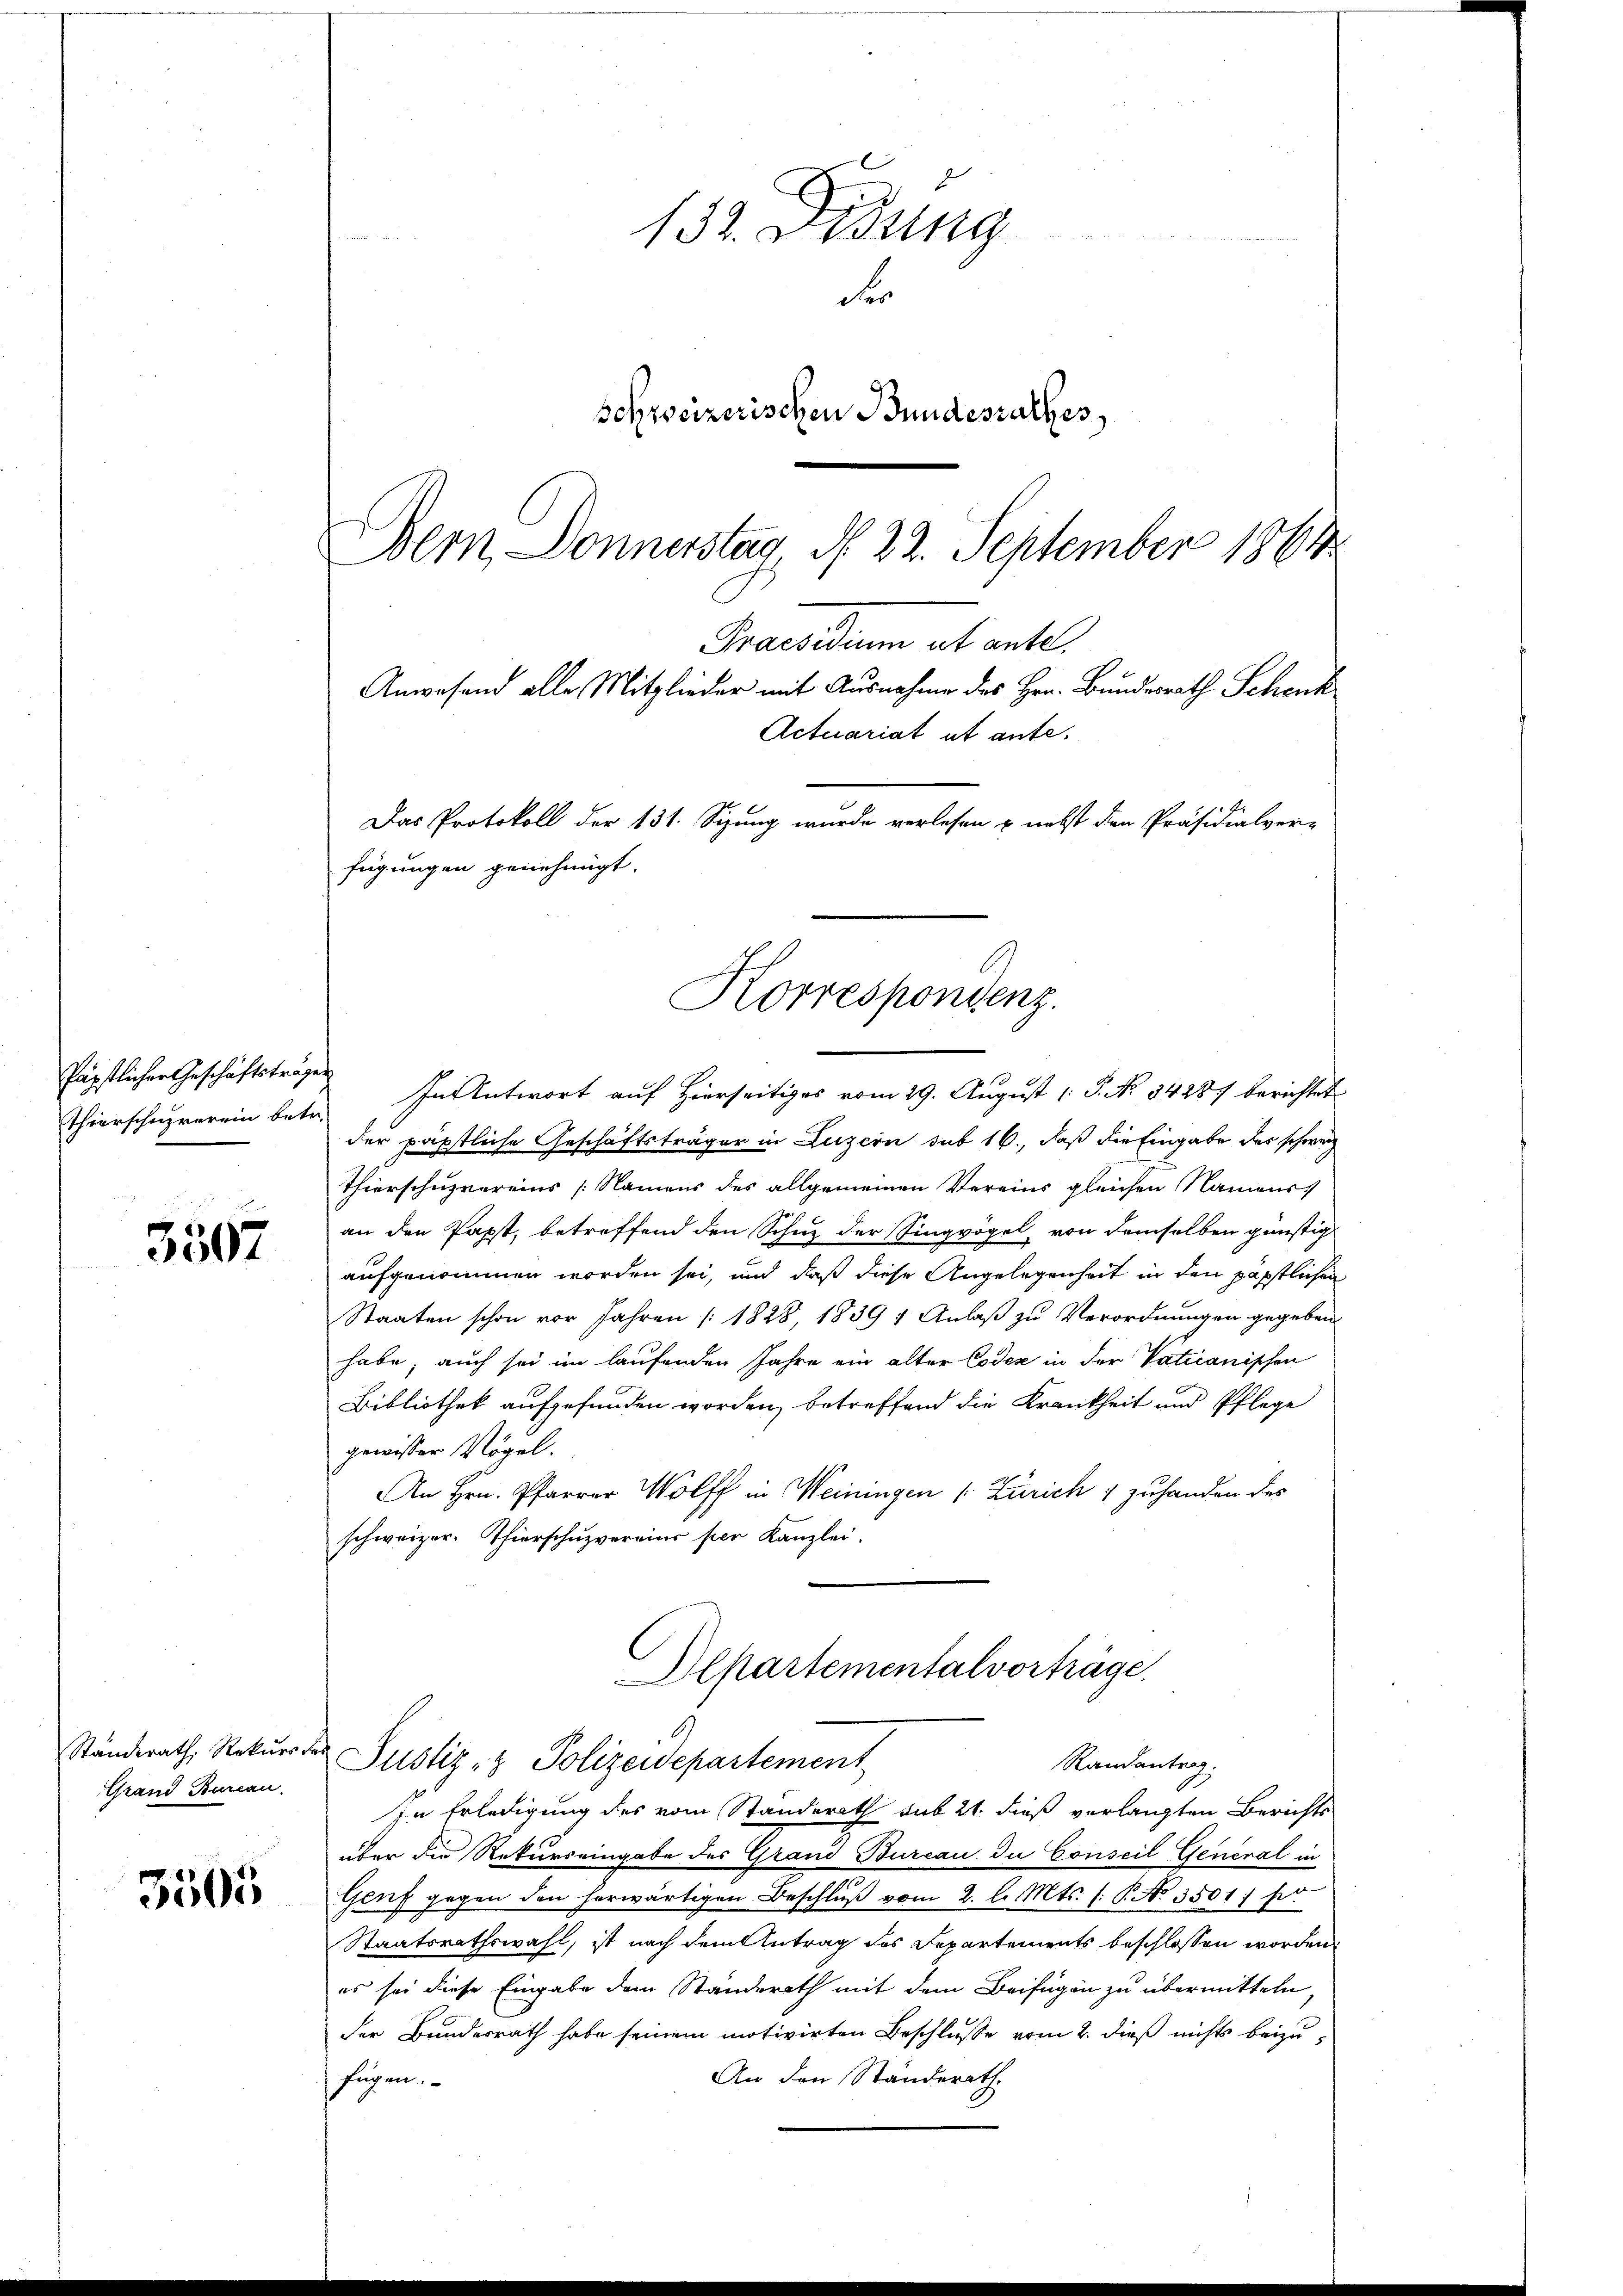
Päpstlicher Geschäftstragen
Thierschurerein betr.

3507

Ständerath, Rekurs
Grand Bureau.

3505

132. Fidung
r
schweizerischen Bundesrathes
Bern Donnerstag N. 22. September 1864

Praesidium et ante,
Anwesend alle Mitglieder mit Ausnahme des Hrn. Bundesrath Schenk
Actuariat ut ante.
Das Protokoll der 131. Sizung wurde verlesen u. nebst den Präsidialver-
fügungen genehmigt.
Korrespondenz.

In Antwort auf Hierseitiges vom 29. August [ P. No 34487 berichtet
der päpstliche Geschäftsträger in Luzern sub 16., daß die Eingabe der schweiz
Thierschuzvereins [Namens des allgemeinen Vereins gleichen Namens
an den Papst, betreffend den Schuz der Singvögel, von demselben günstig
aufgenommen worden sei, und daß diese Angelegenheit in den päpstlichen
Staaten schon vor Jahren [1828, 1839 + Anlaß zu Verordnungen gegeben
habe, auch sei im laufenden Jahre ein alter Codex in der Vaticanischen
Bibliothek aufgefunden worden, betreffend die Krankheit und Pflege
gewisser Vögel.
An Hrn. Pfarrer Wolff in Weiningen (: Zürich 4 zuhanden des
schweizer. Thierschuzvereins per Kanzlei.
Alpartementalvorträge.
b
Justiz- & Polizeidepartement
Randantrag.
In Erledigung des vom Standerath sub 21. dieß verlangten Berichts
über die Rekurs eingabe des Grand Bureau. Du Conseil General in
Genf gegen den herwärtigen Beschlŭβ vom 2. l. Mts. f. P. No 3501; pr
Staatsrathswahl, ist nach dem Antrag des Separtements beschlossen worden
es sei diese Eingabe dem Ständerath mit dem Beifügen zu übermitteln,
der Bundesrath habe seinem motivirten Beschlusse vom 2. dieß nichts beizu¬
An den Ständerath
fügen.